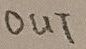
Text: OUT